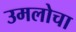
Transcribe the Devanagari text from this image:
उमलोचा